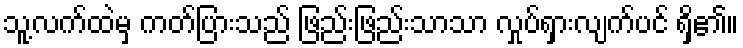
သူ့လက်ထဲမှ ကတ်ပြားသည် ဖြည်းဖြည်းသာသာ လှုပ်ရှားလျက်ပင် ရှိ၏။